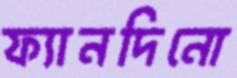
ফ্যানদিনো